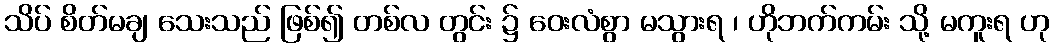
သိပ် စိတ်မချ သေးသည် ဖြစ်၍ တစ်လ တွင်း ၌ ဝေးလံစွာ မသွားရ ၊ ဟိုဘက်ကမ်း သို့ မကူးရ ဟု